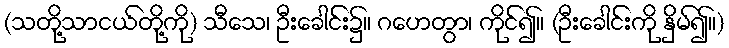
(သတို့သာငယ်တို့ကို) သီသေ၊ ဦးခေါင်း၌။ ဂဟေတွာ၊ ကိုင်၍။ (ဦးခေါင်းကို နှိမ်၍။)